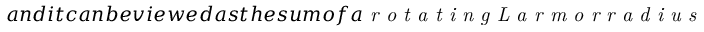
a n d i t c a n b e v i e w e d a s t h e s u m o f a \textit { r o t a t i n g L a r m o r r a d i u s }